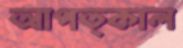
আপত্কাল